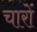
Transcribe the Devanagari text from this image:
चारोंं